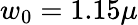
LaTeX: w_{0}=1.15\mu